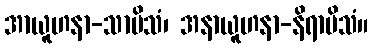
အာယူဟနာ-သာမိသံ၊ အနာယူဟနာ-နိရာမိသံ။